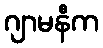
ဂျာမနီက